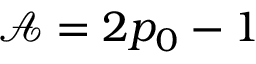
\mathcal { A } = 2 p _ { 0 } - 1